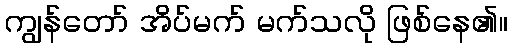
ကျွန်တော် အိပ်မက် မက်သလို ဖြစ်နေ၏။